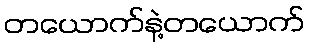
တယောက်နဲ့တယောက်